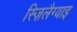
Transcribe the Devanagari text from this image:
स्ज़िलैग्याइ